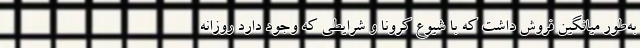
به‌طور میانگین فروش داشت که با شیوع کرونا و شرایطی که وجود دارد روزانه